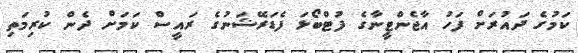
ކަމުގެ ދައުރަށް ފަހު އާޖެންޓީނާގެ ފުޓްބޯޅަ ފެޑަރޭޝަނުގެ ރައީސް ކަމަށް ދެން ކުރިމަތި